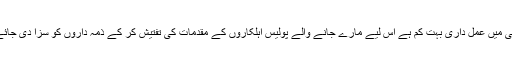
سفارشات کے مطابق ریاست کی کراچی میں عمل داری بہت کم ہے اس لیے مارے جانے والے پولیس اہلکاروں کے مقدمات کی تفتیش کر کے ذمہ داروں کو سزا دی جائے تو پولیس کا مورال بہتر ہو سکتا ہے۔